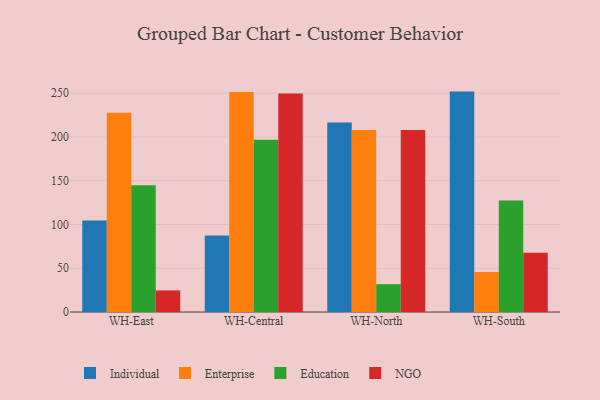
{"axis": {"x": "Warehouse", "y": "Gross Profit (USD K)"}, "legend": ["Education", "Enterprise", "Individual", "NGO"], "data": [{"x": "WH-East", "y": 104.7, "type": "Individual"}, {"x": "WH-East", "y": 227.8, "type": "Enterprise"}, {"x": "WH-East", "y": 144.9, "type": "Education"}, {"x": "WH-East", "y": 24.7, "type": "NGO"}, {"x": "WH-Central", "y": 87.5, "type": "Individual"}, {"x": "WH-Central", "y": 251.4, "type": "Enterprise"}, {"x": "WH-Central", "y": 196.8, "type": "Education"}, {"x": "WH-Central", "y": 249.6, "type": "NGO"}, {"x": "WH-North", "y": 216.7, "type": "Individual"}, {"x": "WH-North", "y": 208.0, "type": "Enterprise"}, {"x": "WH-North", "y": 31.8, "type": "Education"}, {"x": "WH-North", "y": 207.9, "type": "NGO"}, {"x": "WH-South", "y": 251.9, "type": "Individual"}, {"x": "WH-South", "y": 45.7, "type": "Enterprise"}, {"x": "WH-South", "y": 127.3, "type": "Education"}, {"x": "WH-South", "y": 67.7, "type": "NGO"}]}